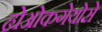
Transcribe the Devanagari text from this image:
ह्येओकगेयोसे